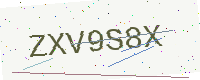
Text: ZXV9S8X